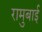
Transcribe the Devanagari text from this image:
रामुबाई